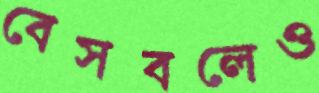
বেসবলেও